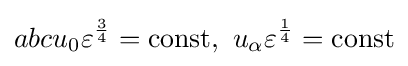
abcu_{0}\varepsilon ^{\frac {3}{4}}=\mathrm {const} ,\ u_{\alpha }\varepsilon ^{\frac {1}{4}}=\mathrm {const}